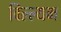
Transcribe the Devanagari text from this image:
विल्ल्यम